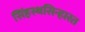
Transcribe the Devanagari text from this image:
सिंहस्थसिन्हास्त